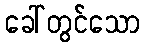
ခေါ်တွင်သော